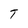
Character: T